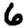
Digit: 6